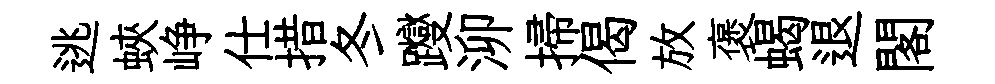
逃蛺峥仕措冬躞泖掃偈放褒蝎退閣